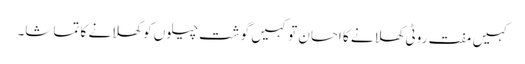
کہیں مفت روٹی کھلانے کا احسان تو کہیں گوشت چیلوں کو کھلانے کا تماشا۔